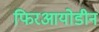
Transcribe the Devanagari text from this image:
फिरआयोडीन